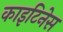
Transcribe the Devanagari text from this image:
काइटिनेस